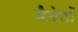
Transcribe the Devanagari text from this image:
मैग्नेटों